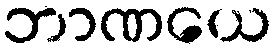
ဘာဏယေ